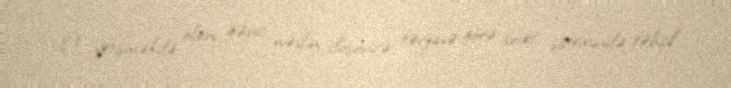
O, yetişməkdə olan gənc nəslin düşüncə tərzinə görə sovet sistemində təhsil